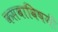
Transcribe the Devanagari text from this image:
कसबाविषयी